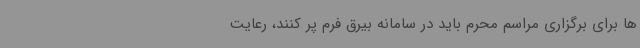
ها برای برگزاری مراسم محرم باید در سامانه بیرق فرم پر کنند، رعایت